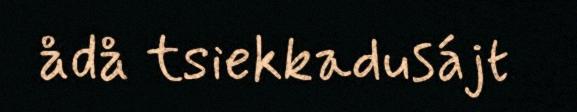
ådå tsiekkadusájt